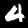
Digit: 4